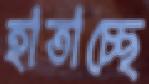
হাতাচ্ছে